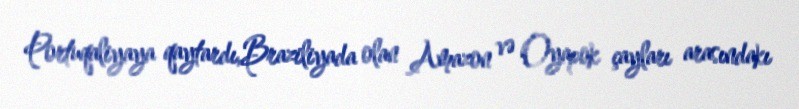
Portuqaliyaya qaytardı,Braziliyada olan Amazon və Oyapok çayları arasındakı